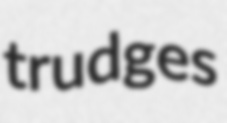
trudges